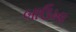
બાઉખા